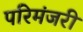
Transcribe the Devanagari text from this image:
परिमंजरी